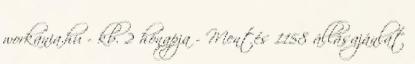
workania.hu - kb. 2 hónapja - Mentés 1158 állásajánlat